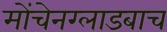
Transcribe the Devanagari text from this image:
मोंचेनग्लाडबाच